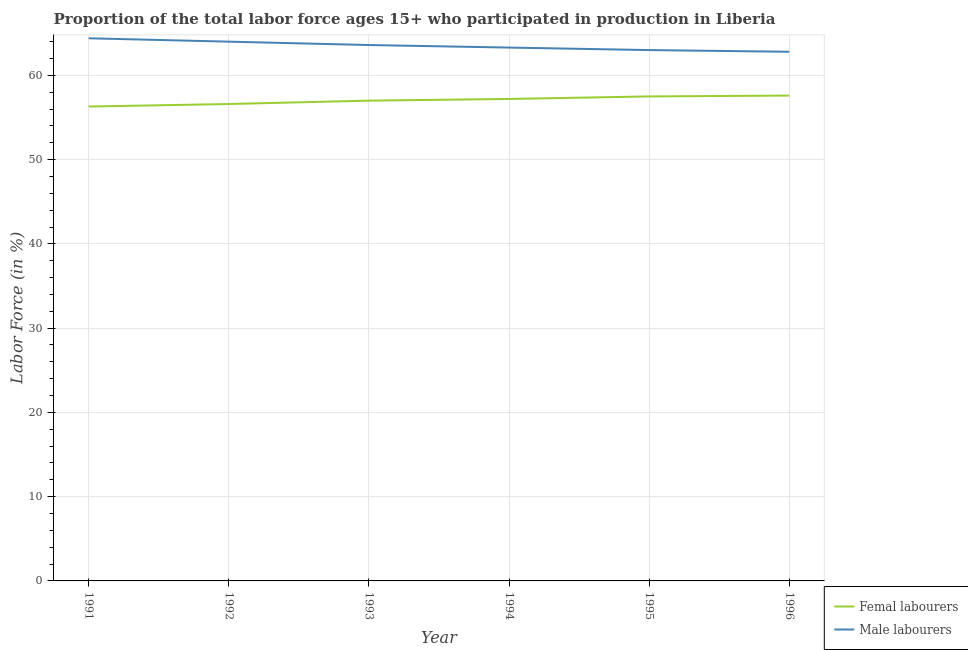
| Year | Femal labourers | Male labourers |
 | --- | --- | --- |
 | 1991 | 56.3 | 64.4 |
 | 1992 | 56.6 | 64 |
 | 1993 | 57 | 63.6 |
 | 1994 | 57.2 | 63.3 |
 | 1995 | 57.5 | 63 |
 | 1996 | 57.6 | 62.8 |